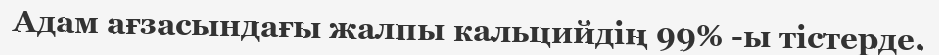
Адам ағзасындағы жалпы кальцийдің 99% -ы тістерде.